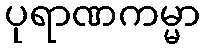
ပုရာဏကမ္မာ